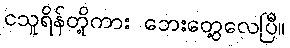
ငသူရိန်တို့ကား ဘေးတွေ့လေပြီ။